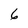
Character: 6